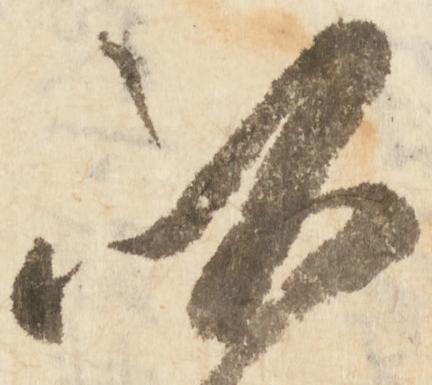
以